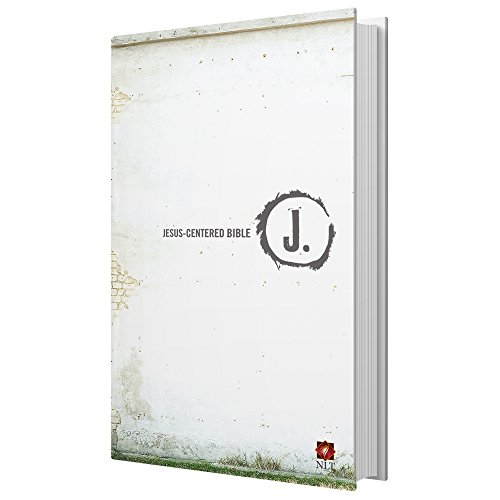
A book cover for Jesus-Centered Bible NLT, Hardcover; Group Publishing; Christian Books & Bibles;